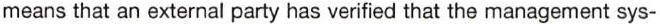
means that an external party has verified that the management sys-